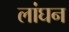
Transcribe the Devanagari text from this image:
लांघन